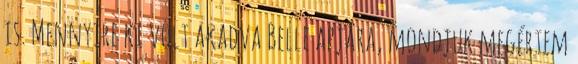
is. Mennyire ki volt akadva Belle apjára, mondjuk megértem